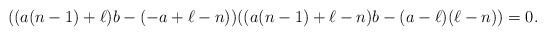
LaTeX: \begin{align*}((a (n-1)+\ell)b-(-a+\ell-n)) ((a (n-1)+\ell-n)b-(a-\ell) (\ell-n))=0. \end{align*}